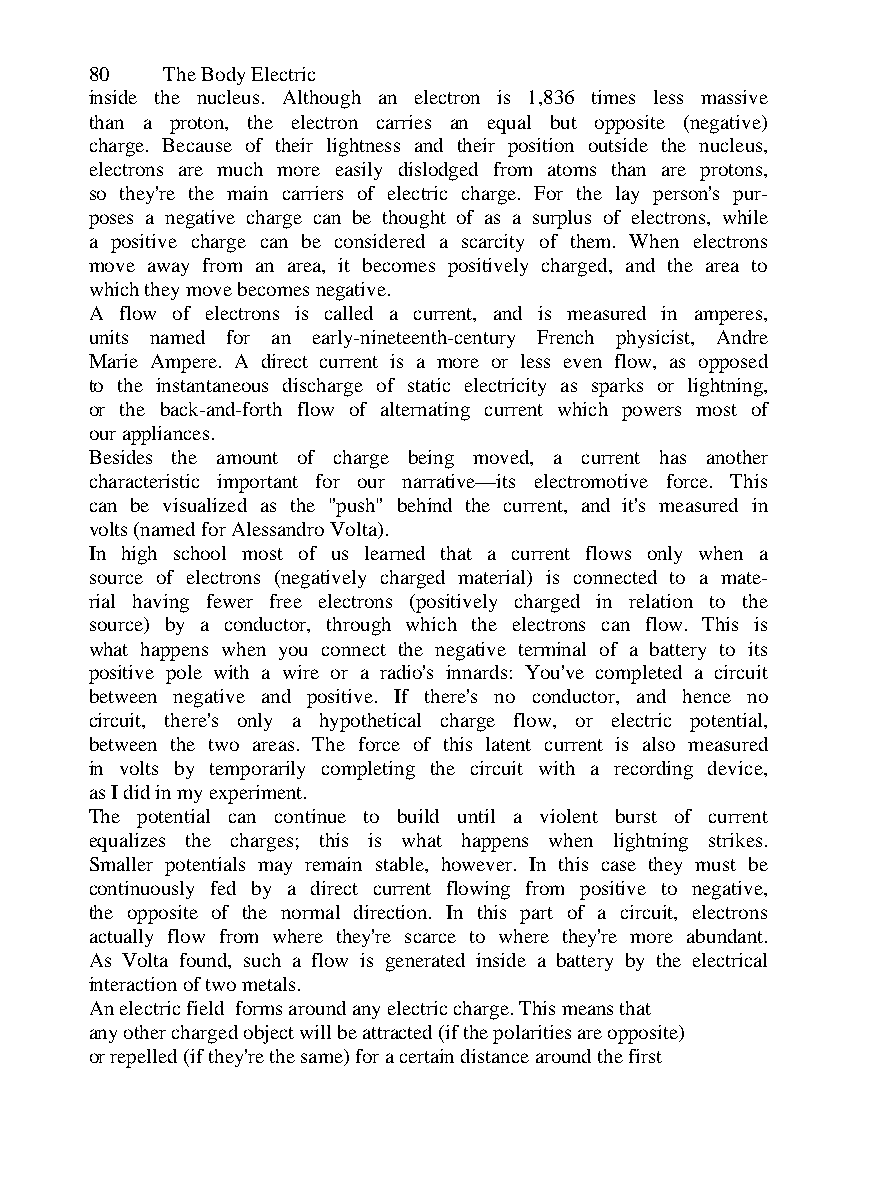
80   The Body Electric
 inside the nucleus. Although an electron is 1,836 times less massive
 than a proton, the electron carries an equal but opposite (negative)
 charge. Because of their lightness and their position outside the nucleus,
 electrons are much more easily dislodged from atoms than are protons,
 so they're the main carriers of electric charge. For the lay person's pur-
 poses a negative charge can be thought of as a surplus of electrons, while
 a positive charge can be considered a scarcity of them. When electrons
 move away from an area, it becomes positively charged, and the area to
 which they move becomes negative.
 A flow of electrons is called a current, and is measured in amperes,
 units named for an early-nineteenth-century French physicist, Andre
 Marie Ampere. A direct current is a more or less even flow, as opposed
 to the instantaneous discharge of static electricity as sparks or lightning,
 or the back-and-forth flow of alternating current which powers most of
 our appliances.
 Besides the amount of charge being moved, a current has another
 characteristic important for our narrative—its electromotive force. This
 can be visualized as the "push" behind the current, and it's measured in
 volts (named for Alessandro Volta).
 In high school most of us learned that a current flows only when a
 source of electrons (negatively charged material) is connected to a mate-
 rial having fewer free electrons (positively charged in relation to the
 source) by a conductor, through which the electrons can flow. This is
 what happens when you connect the negative terminal of a battery to its
 positive pole with a wire or a radio's innards: You've completed a circuit
 between negative and positive. If there's no conductor, and hence no
 circuit, there's only a hypothetical charge flow, or electric potential,
 between the two areas. The force of this latent current is also measured
 in volts by temporarily completing the circuit with a recording device,
 as I did in my experiment.
 The potential can continue to build until a violent burst of current
 equalizes the charges; this is what happens when lightning strikes.
 Smaller potentials may remain stable, however. In this case they must be
 continuously fed by a direct current flowing from positive to negative,
 the opposite of the normal direction. In this part of a circuit, electrons
 actually flow from where they're scarce to where they're more abundant.
 As Volta found, such a flow is generated inside a battery by the electrical
 interaction of two metals.
 An electric field forms around any electric charge. This means that
 any other charged object will be attracted (if the polarities are opposite)
 or repelled (if they're the same) for a certain distance around the first